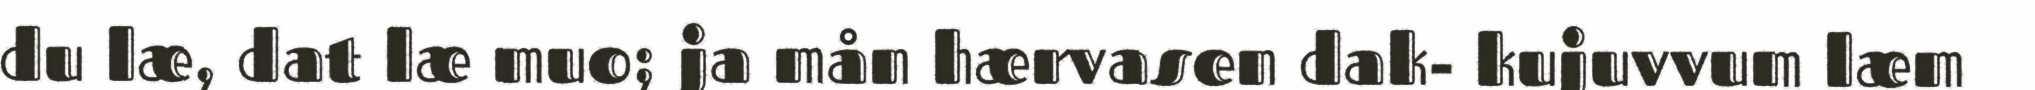
du læ, dat læ muo; ja mån hærvasen dak- kujuvvum læm